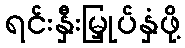
ရင်းနှီးမြှုပ်နှံဖို့